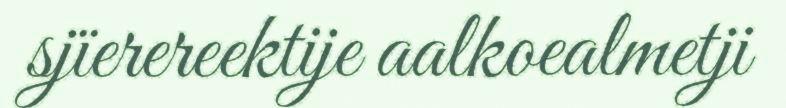
sjïerereektije aalkoealmetji